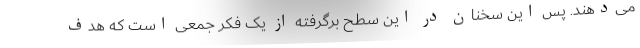
می­دهند. پس این سخنان در این سطح برگرفته از یک فکر جمعی است که هدف